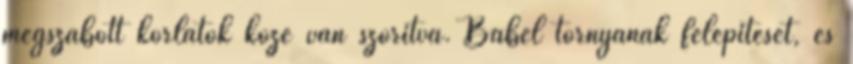
megszabott korlátok közé van szorítva. Bábel tornyának felépítését, és